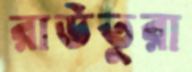
রাউতুরা